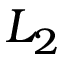
L _ { 2 }